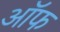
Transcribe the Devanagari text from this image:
अॉफ